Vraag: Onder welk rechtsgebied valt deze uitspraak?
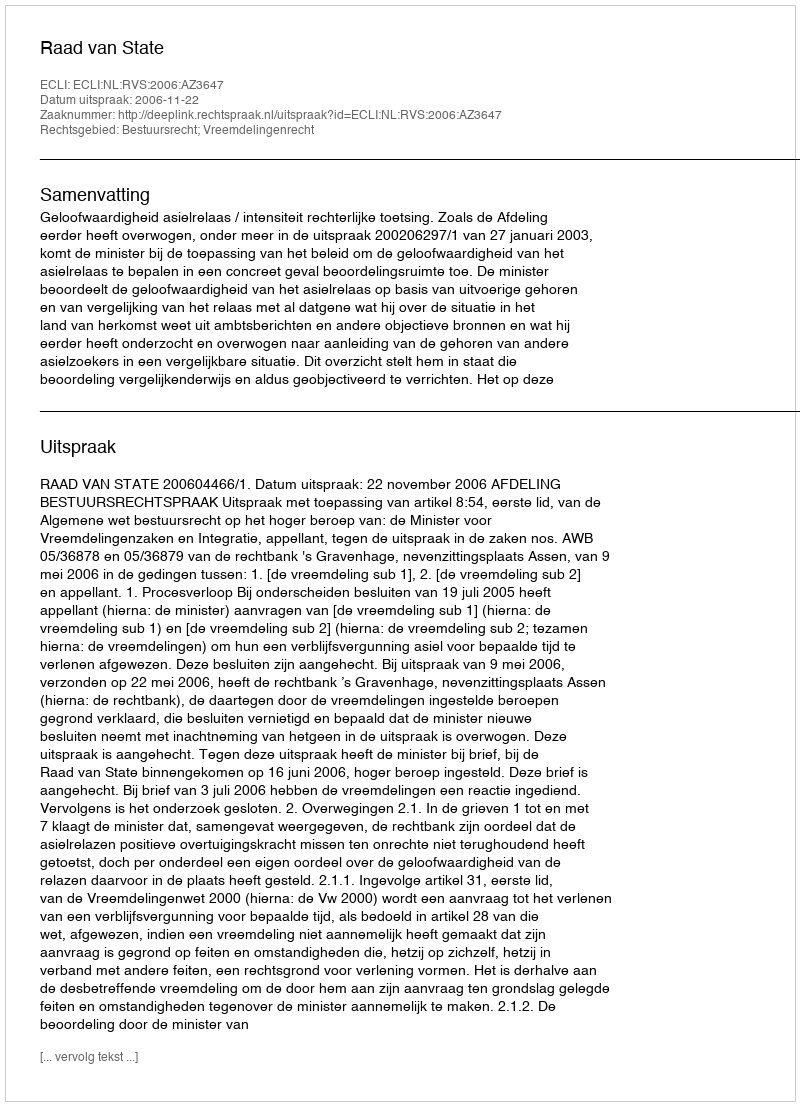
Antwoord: Bestuursrecht; Vreemdelingenrecht